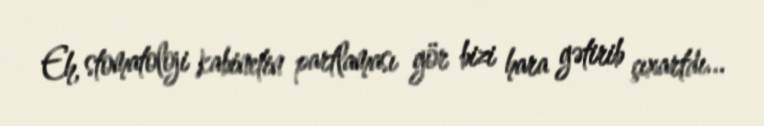
Eh, stomatoloji kabinetin partlaması gör bizi hara gətirib çıxartdı...